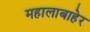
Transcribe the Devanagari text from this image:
महालाबाहेर